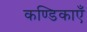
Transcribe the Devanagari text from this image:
कण्डिकाएँ